Report on vaccination in the Province of Bengal - 1874-1889
Year: 1874
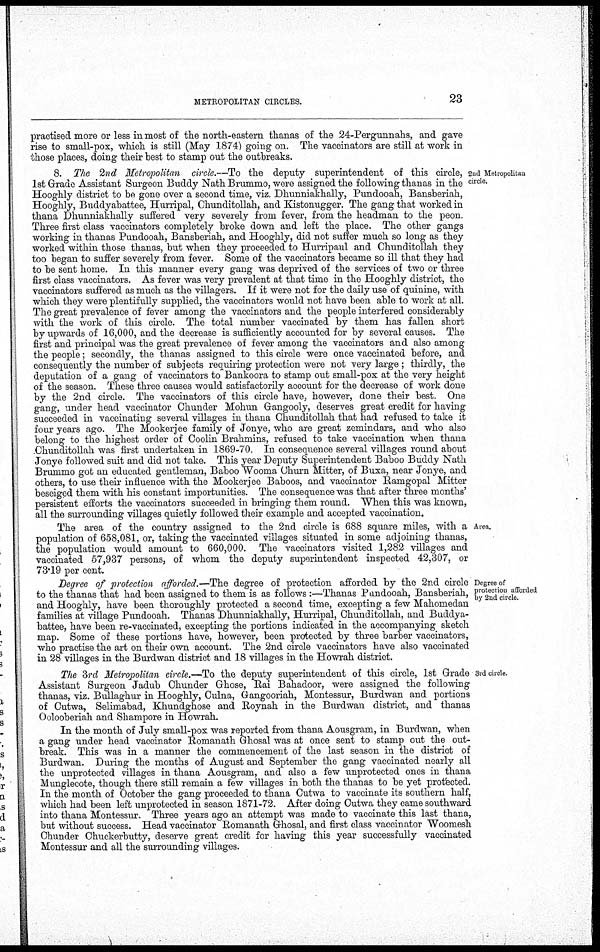
METROPOLITAN CIRCLES.
23
practised more or less in most of the north-eastern thanas of the 24-Pergunnahs, and gave
rise to small-pox, which is still (May 1874) going on. The vaccinators are still at work in
those places, doing their best to stamp out the outbreaks.
2nd Metropolitan
circle.
8. The 2nd Metropolitan circle.—To the deputy superintendent of this circle,
1st Grade Assistant Surgeon Buddy Nath Brummo, were assigned the following thanas in the
Hooghly district to be gone over a second time, viz. Dhunniakhally, Pundooah, Bansberiah,
Hooghly, Buddyabattee, Hurripal, Chunditollah, and Kistonugger. The gang that worked in
thana Dhunniakhally suffered very severely from fever, from the headman to the peon.
Three first class vaccinators completely broke down and left the place. The other gangs
working in thanas Pundooah, Bansberiah, and Hooghly, did not suffer much so long as they
worked within those thanas, but when they proceeded to Hurripaul and Chunditollah they
too began to suffer severely from fever. Some of the vaccinators became so ill that they had
to be sent home. In this manner every gang was deprived of the services of two or three
first class vaccinators. As fever was very prevalent at that time in the Hooghly district, the
vaccinators suffered as much as the villagers. If it were not for the daily use of quinine, with
which they were plentifully supplied, the vaccinators would not have been able to work at all.
The great prevalence of fever among the vaccinators and the people interfered considerably
with the work of this circle. The total number vaccinated by them has fallen short
by upwards of 16,000, and the decrease is sufficiently accounted for by several causes. The
first and principal was the great prevalence of fever among the vaccinators and also among
the people; secondly, the thanas assigned to this circle were once vaccinated before, and
consequently the number of subjects requiring protection were not very large ; thirdly, the
deputation of a gang of vaccinators to Bankoora to stamp out small-pox at the very height
of the season. These three causes would satisfactorily account for the decrease of work done
by the 2nd circle. The vaccinators of this circle have, however, done their best. One
gang, under head vaccinator Chunder Mohun Gangooly, deserves great credit for having
succeeded in vaccinating several villages in thana Chunditollah that had refused to take it
four years ago. The Mookerjee family of Jonye, who are great zemindars, and who also
belong to the highest order of Coolin Brahmins, refused to take vaccination when thana
Chunditollah was first undertaken in 1869-70. In consequence several villages round about
Jonye followed suit and did not take. This year Deputy Superintendent Baboo Buddy Nath
Brummo got an educated gentleman, Baboo Wooma Churn Mitter, of Buxa, near Jonye, and
others, to use their influence with the Mookerjee Baboos, and vaccinator Ramgopal Mitter
beseiged them with his constant importunities. The consequence was that after three months'
persistent efforts the vaccinators succeeded in bringing them round. When this was known,
all the surrounding villages quietly followed their example and accepted vaccination.
Area.
The area of the country assigned to the 2nd circle is 688 square miles, with a
population of 658,081, or, taking the vaccinated villages situated in some adjoining thanas,
the population would amount to 660,000. The vaccinators visited 1,282 villages and
vaccinated 57,937 persons, of whom the deputy superintendent inspected 42,307, or
73.19 per cent.
Degree of
protection afforded
by 2nd circle.
Degree of protection afforded.—The degree of protection afforded by the 2nd circle
to the thanas that had been assigned to them is as follows :—Thanas Pundooah, Bansberiah,
and Hooghly, have been thoroughly protected a second time, excepting a few Mahomedan
families at village Pundooah. Thanas Dhunniakhally, Hurripal, Chunditollah, and Buddya-
battee, have been re-vaccinated, excepting the portions indicated in the accompanying sketch
map. Some of these portions have, however, been protected by three barber vaccinators,
who practise the art on their own account. The 2nd circle vaccinators have also vaccinated
in 28 villages in the Burdwan district and 18 villages in the Howrah district.
3rd circle.
The 3rd Metropolitan circle.—To the deputy superintendent of this circle, 1st Grade
Assistant Surgeon Jadub Chunder Ghose, Rai Bahadoor, were assigned the following
thanas, viz. Bullaghur in Hooghly, Culna, Gangooriah, Montessur, Burdwan and portions
of Cutwa, Selimabad, Khundghose and Roynah in the Burdwan district, and thanas
Oolooberiah and Shampore in Howrah.
In the month of July small-pox was reported from thana Aousgram, in Burdwan, when
a gang under head vaccinator Romanath Ghosal was at once sent to stamp out the out-
break. This was in a manner the commencement of the last season in the district of
Burdwan. During the months of August and September the gang vaccinated nearly all
the unprotected villages in thana Aousgram, and also a few unprotected ones in thana
Munglecote, though there still remain a few villages in both the thanas to be yet protected.
In the month of October the gang proceeded to thana Cutwa to vaccinate its southern half,
which had been left unprotected in season 1871-72. After doing Cutwa they came southward
into thana Montessur. Three years ago an attempt was made to vaccinate this last thana,
but without success. Head vaccinator Romanath Ghosal, and first class vaccinator Woomesh
Chunder Chuckerbutty, deserve great credit for having this year successfully vaccinated
Montessur and all the surrounding villages.